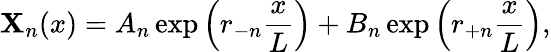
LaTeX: \mathbf{X}_{n}(x)=A_{n}\exp{\left(r_{-n}\frac{{x}}{{L}}\right)}+B_{n}\exp{\left(r_{+n}\frac{{x}}{{L}}\right)},